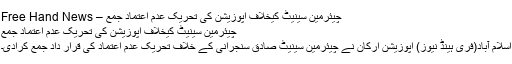
چیئرمین سینیٹ کیخلاف اپوزیشن کی تحریک عدم اعتماد جمع – Free Hand News
چیئرمین سینیٹ کیخلاف اپوزیشن کی تحریک عدم اعتماد جمع
اسلام آباد(فری ہینڈ نیوز) اپوزیشن ارکان نے چیئرمین سینیٹ صادق سنجرانی کے خلاف تحریک عدم اعتماد کی قرار داد جمع کرادی۔